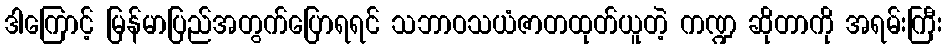
ဒါကြောင့် မြန်မာပြည်အတွက်ပြောရရင် သဘာဝသယံဇာတထုတ်ယူတဲ့ ကဏ္ဍ ဆိုတာကို အရမ်းကြီး